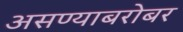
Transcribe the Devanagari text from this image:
असण्याबरोबर